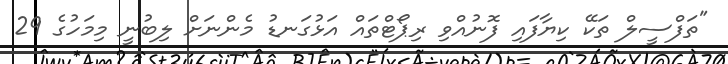
"ތަފްސީލް ތަކޭ ކިޔާފައި ފޮނުއްވި ރިޕޯޓްތައް އަޅުގަނޑު މެންނަށް ލިބުނީ މިމަހުގެ 29